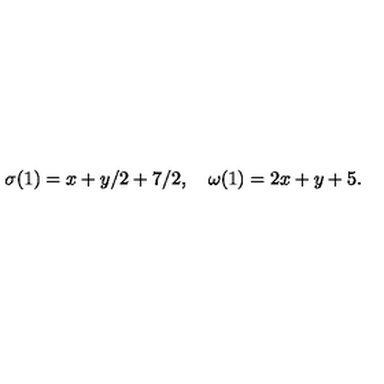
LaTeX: \sigma ( 1 ) = x + y / 2 + 7 / 2 , \quad \omega ( 1 ) = 2 x + y + 5 .